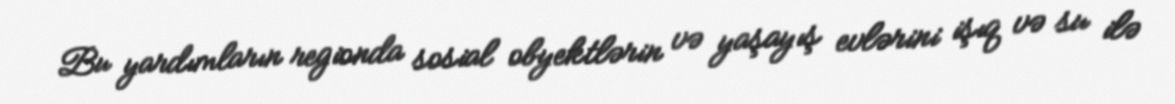
Bu yardımların regionda sosial obyektlərin və yaşayış evlərini işıq və su ilə